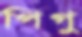
পিগু